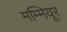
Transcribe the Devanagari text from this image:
मम्मियूर